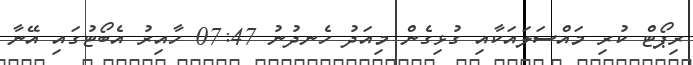
ރިޕޯޓް ކުރި މައްސަލައަކާއި ގުޅިގެން މިއަދު ހެނދުނު 07:47 ހާއިރު އެބޯޓުގައި އޭނާ